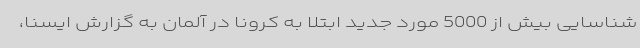
شناسایی بیش از 5000 مورد جدید ابتلا به کرونا در آلمان به گزارش ایسنا،